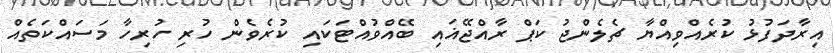
އިރާދަފުޅު ކުރެއްވިއްޔާ ޗެލެންޖު ކަޕް ރާއްޖޭޣައި ބޭއްވުއްޓަކައި ކުރެވެން ހުރި ހުރިހާ މަސައްކަތެއް